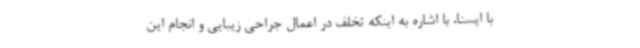
با ایسنا، با اشاره به اینکه تخلف در اعمال جراحی زیبایی و انجام این